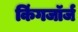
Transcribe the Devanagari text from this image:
किंगजॉर्ज